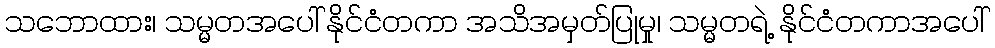
သဘောထား၊ သမ္မတအပေါ် နိုင်ငံတကာ အသိအမှတ်ပြုမှု၊ သမ္မတရဲ့ နိုင်ငံတကာအပေါ်